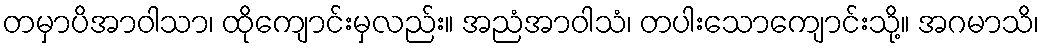
တမှာပိအာဝါသာ၊ ထိုကျောင်းမှလည်း။ အညံအာဝါသံ၊ တပါးသောကျောင်းသို့။ အဂမာသိ၊